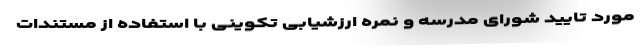
مورد تایید شورای مدرسه و نمره ارزشیابی تکوینی با استفاده از مستندات